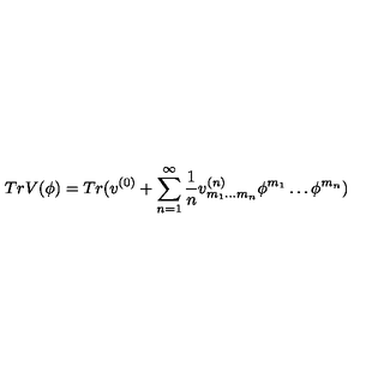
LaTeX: T r V ( \phi ) = T r ( v ^ { ( 0 ) } + \sum _ { n = 1 } ^ { \infty } \frac { 1 } { n } v _ { m _ { 1 } \ldots m _ { n } } ^ { ( n ) } \phi ^ { m _ { 1 } } \ldots \phi ^ { m _ { n } } )